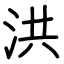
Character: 洪